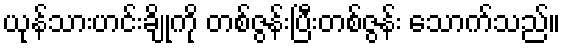
ယုန်သားဟင်းချိုကို တစ်ဇွန်းပြီးတစ်ဇွန်း သောက်သည်။